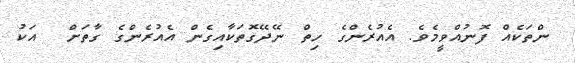
ންތަކެއް ފޮނުއްވީމެވެ. އެއުރެންގެ ހިތް ނޭދޭގޮތަކާއިގެން އެއުރެންގެ ގާތަށް  އަކު